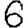
Digit: 6